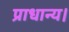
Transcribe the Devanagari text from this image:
प्राधान्य।